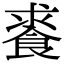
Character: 𩛰